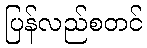
ပြန်လည်စတင်